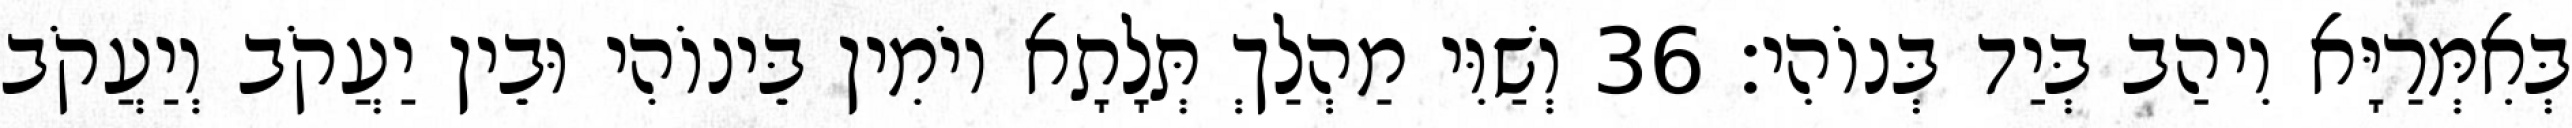
בְּאִמְּרַיָּא וִיהַב בְּיַד בְּנוֹהִי׃ 36 וְשַׁוִּי מַהְלַךְ תְּלָתָא יוֹמִין בֵּינוֹהִי וּבֵין יַעֲקֹב וְיַעֲקֹב